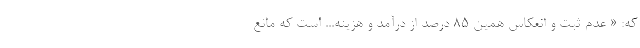
كه: « عدم ثبت و انعكاس همين 85 درصد از درآمد و هزينه... است كه مانع